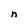
Character: n